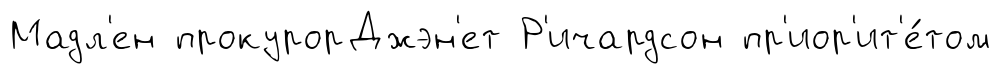
Мадл'ен прокурорДжэн'ет Р'ичардсон пр'иор'ит'е́том